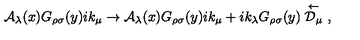
{ \cal A } _ { \lambda } ( x ) G _ { \rho \sigma } ( y ) i k _ { \mu } \rightarrow { \cal A } _ { \lambda } ( x ) G _ { \rho \sigma } ( y ) i k _ { \mu } + i k _ { \lambda } G _ { \rho \sigma } ( y ) \stackrel { \leftarrow } { { \cal D } _ { \mu } } \ ,